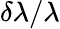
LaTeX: \delta\lambda/\lambda